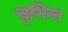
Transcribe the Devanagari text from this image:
सुभिन्न